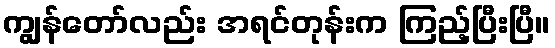
ကျွန်တော်လည်း အရင်တုန်းက ကြည့်ပြီးပြီ။